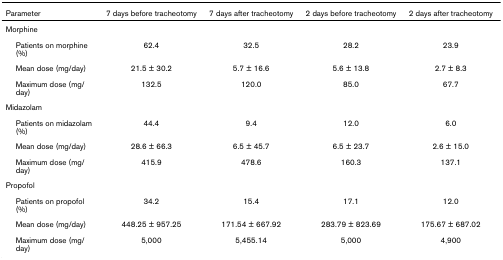
<table><thead><tr><td><b>Parameter</b></td><td><b>7 days before tracheotomy</b></td><td><b>7 days after tracheotomy</b></td><td><b>2 days before tracheotomy</b></td><td><b>2 days after tracheotomy</b></td></tr></thead><tbody><tr><td>Morphine</td><td></td><td></td><td></td><td></td></tr><tr><td> Patients on morphine (%)</td><td>62.4</td><td>32.5</td><td>28.2</td><td>23.9</td></tr><tr><td> Mean dose (mg/day)</td><td>21.5 ± 30.2</td><td>5.7 ± 16.6</td><td>5.6 ± 13.8</td><td>2.7 ± 8.3</td></tr><tr><td> Maximum dose (mg/day)</td><td>132.5</td><td>120.0</td><td>85.0</td><td>67.7</td></tr><tr><td>Midazolam</td><td></td><td></td><td></td><td></td></tr><tr><td> Patients on midazolam (%)</td><td>44.4</td><td>9.4</td><td>12.0</td><td>6.0</td></tr><tr><td> Mean dose (mg/day)</td><td>28.6 ± 66.3</td><td>6.5 ± 45.7</td><td>6.5 ± 23.7</td><td>2.6 ± 15.0</td></tr><tr><td> Maximum dose (mg/day)</td><td>415.9</td><td>478.6</td><td>160.3</td><td>137.1</td></tr><tr><td>Propofol</td><td></td><td></td><td></td><td></td></tr><tr><td> Patients on propofol (%)</td><td>34.2</td><td>15.4</td><td>17.1</td><td>12.0</td></tr><tr><td> Mean dose (mg/day)</td><td>448.25 ± 957.25</td><td>171.54 ± 667.92</td><td>283.79 ± 823.69</td><td>175.67 ± 687.02</td></tr><tr><td> Maximum dose (mg/day)</td><td>5,000</td><td>5,455.14</td><td>5,000</td><td>4,900</td></tr></tbody></table>